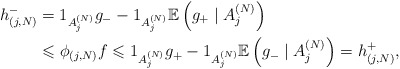
\begin{align*}h_{(j,N)}^{-} & =1_{A_{j}^{(N)}}g_{-}-1_{A_{j}^{(N)}}\mathbb{E}\left(g_{+}\;|\;A_{j}^{(N)}\right) \\& \leqslant\phi_{(j,N)}f\leqslant1_{A_{j}^{(N)}}g_{+}-1_{A_{j}^{(N)}}\mathbb{E}\left( g_{-}\;|\;A_{j}^{(N)}\right) =h_{(j,N)}^{+},\end{align*}